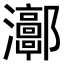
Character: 𤅝